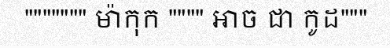
""""""" ម៉ាកុក """" អាច ជា កូដ"""